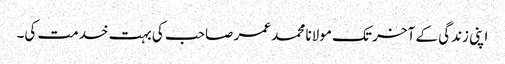
اپنی زندگی کے آخر تک مولانا محمد عمر صاحب کی بہت خدمت کی۔